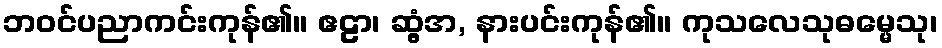
ဘဝင်ပညာကင်းကုန်၏။ ဧဠာ၊ ဆွံ့အ, နားပင်းကုန်၏။ ကုသလေသုဓမ္မေသု၊